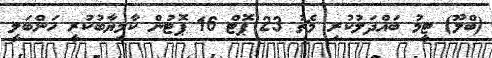
(ބްލޫ) ޓީމު ބައްދަލުކުރި މެޗު 23 ޕޮޓް 16 ޕޮޓުން ކާމިޔާބުކުރީ ހަންބަލީ